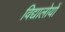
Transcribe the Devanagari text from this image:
विद्यालोयों